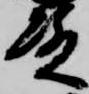
殿